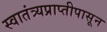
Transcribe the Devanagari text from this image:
स्वातंत्र्यप्राप्तीपासून